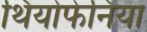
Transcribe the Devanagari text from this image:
थियोफेनिया